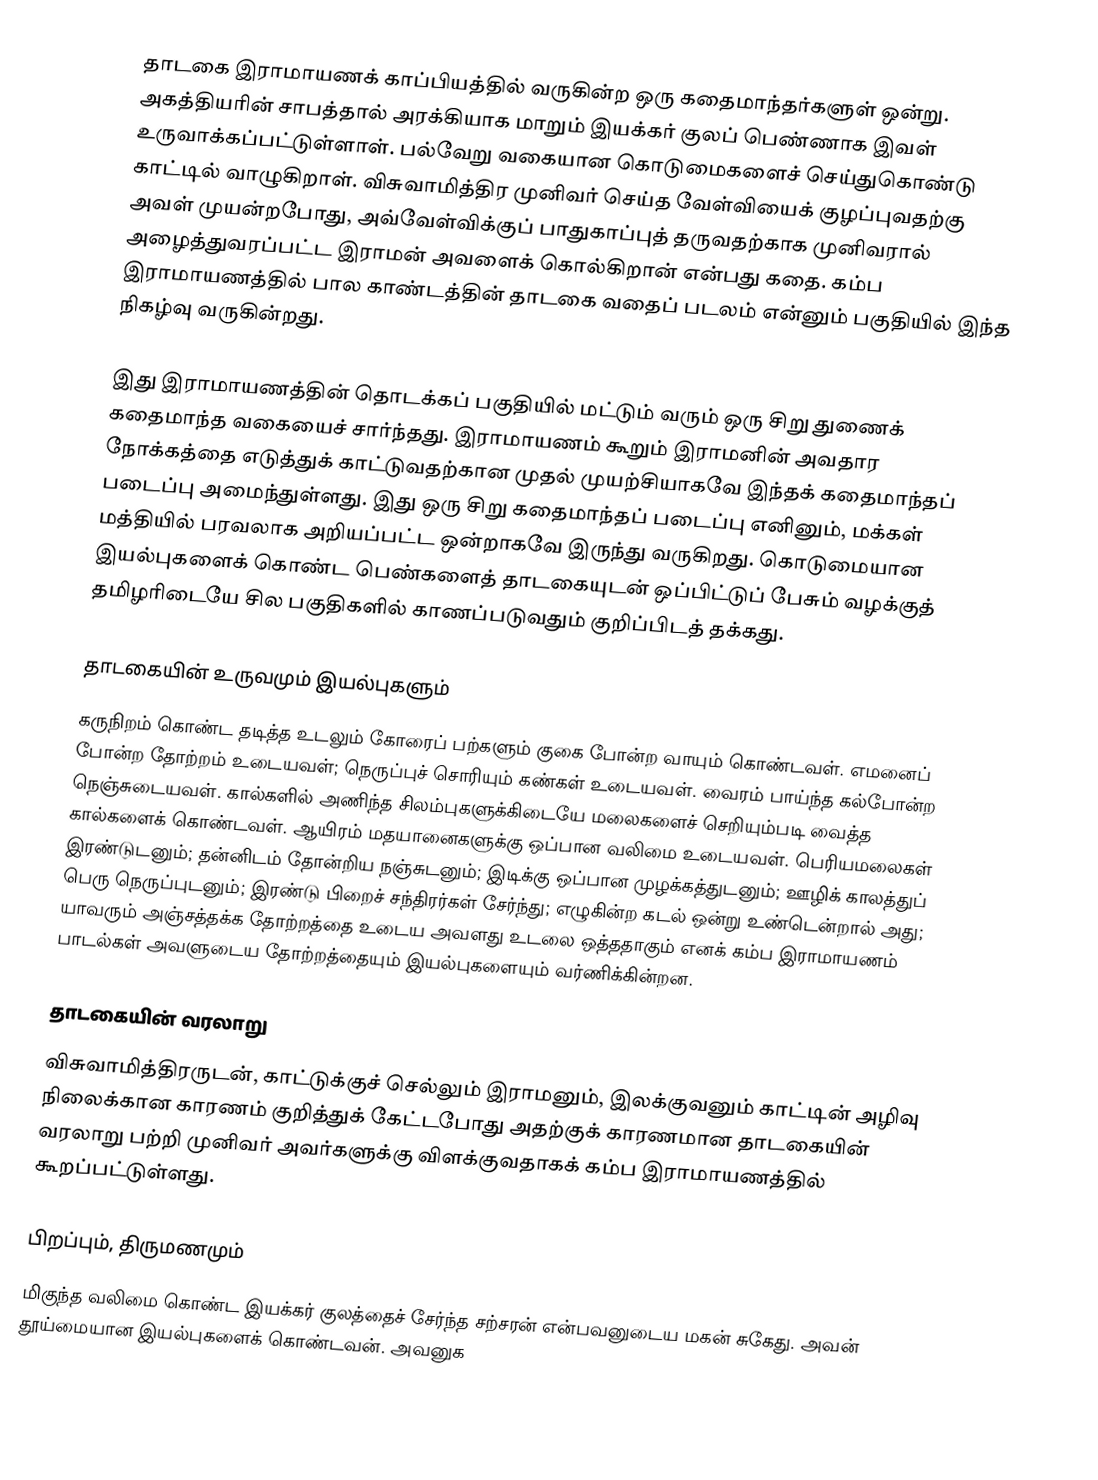
தாடகை இராமாயணக் காப்பியத்தில் வருகின்ற ஒரு கதைமாந்தர்களுள் ஒன்று. அகத்தியரின் சாபத்தால் அரக்கியாக மாறும் இயக்கர் குலப் பெண்ணாக இவள் உருவாக்கப்பட்டுள்ளாள். பல்வேறு வகையான கொடுமைகளைச் செய்துகொண்டு காட்டில் வாழுகிறாள். விசுவாமித்திர முனிவர் செய்த வேள்வியைக் குழப்புவதற்கு அவள் முயன்றபோது, அவ்வேள்விக்குப் பாதுகாப்புத் தருவதற்காக முனிவரால் அழைத்துவரப்பட்ட இராமன் அவளைக் கொல்கிறான் என்பது கதை. கம்ப இராமாயணத்தில் பால காண்டத்தின் தாடகை வதைப் படலம் என்னும் பகுதியில் இந்த நிகழ்வு வருகின்றது.

இது இராமாயணத்தின் தொடக்கப் பகுதியில் மட்டும் வரும் ஒரு சிறு துணைக் கதைமாந்த வகையைச் சார்ந்தது. இராமாயணம் கூறும் இராமனின் அவதார நோக்கத்தை எடுத்துக் காட்டுவதற்கான முதல் முயற்சியாகவே இந்தக் கதைமாந்தப் படைப்பு அமைந்துள்ளது. இது ஒரு சிறு கதைமாந்தப் படைப்பு எனினும், மக்கள் மத்தியில் பரவலாக அறியப்பட்ட ஒன்றாகவே இருந்து வருகிறது. கொடுமையான இயல்புகளைக் கொண்ட பெண்களைத் தாடகையுடன் ஒப்பிட்டுப் பேசும் வழக்குத் தமிழரிடையே சில பகுதிகளில் காணப்படுவதும் குறிப்பிடத் தக்கது.

தாடகையின் உருவமும் இயல்புகளும்
கருநிறம் கொண்ட தடித்த உடலும் கோரைப் பற்களும் குகை போன்ற வாயும் கொண்டவள். எமனைப் போன்ற தோற்றம் உடையவள்; நெருப்புச் சொரியும் கண்கள் உடையவள். வைரம் பாய்ந்த கல்போன்ற நெஞ்சுடையவள். கால்களில் அணிந்த சிலம்புகளுக்கிடையே மலைகளைச் செறியும்படி வைத்த கால்களைக் கொண்டவள். ஆயிரம் மதயானைகளுக்கு ஒப்பான வலிமை உடையவள். பெரியமலைகள் இரண்டுடனும்; தன்னிடம் தோன்றிய நஞ்சுடனும்; இடிக்கு ஒப்பான முழக்கத்துடனும்; ஊழிக் காலத்துப் பெரு நெருப்புடனும்; இரண்டு பிறைச் சந்திரர்கள் சேர்ந்து;  எழுகின்ற கடல் ஒன்று உண்டென்றால் அது; யாவரும் அஞ்சத்தக்க தோற்றத்தை உடைய அவளது உடலை ஒத்ததாகும் எனக் கம்ப இராமாயணம் பாடல்கள் அவளுடைய தோற்றத்தையும் இயல்புகளையும் வர்ணிக்கின்றன.

தாடகையின் வரலாறு
விசுவாமித்திரருடன், காட்டுக்குச் செல்லும் இராமனும், இலக்குவனும் காட்டின் அழிவு நிலைக்கான காரணம் குறித்துக் கேட்டபோது அதற்குக் காரணமான தாடகையின் வரலாறு பற்றி முனிவர் அவர்களுக்கு விளக்குவதாகக் கம்ப இராமாயணத்தில் கூறப்பட்டுள்ளது.

பிறப்பும், திருமணமும்
மிகுந்த வலிமை கொண்ட இயக்கர் குலத்தைச் சேர்ந்த சற்சரன் என்பவனுடைய மகன் சுகேது. அவன் தூய்மையான இயல்புகளைக் கொண்டவன். அவனுக